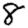
Digit: 8